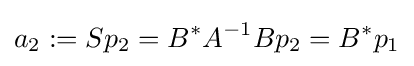
a_{2}:=Sp_{2}=B^{*}A^{-1}Bp_{2}=B^{*}p_{1}